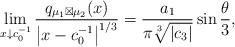
LaTeX: \begin{align*}\lim_{x\downarrow c_{0}^{-1}}\frac{q_{\mu_{1}\boxtimes\mu_{2}}(x)}{\left|x-c_{0}^{-1}\right|^{1/3}}=\frac{a_{1}}{\pi\sqrt[3]{\left|c_{3}\right|}}\sin\frac{\theta}{3},\end{align*}